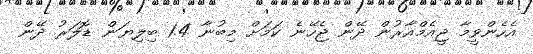
އެހެންވީމާ ޖީއެމްއާރުން ދޭން ޖެހޭނެ ކަމަށް މިބުނާ 1.4 ބިލިޔަން ޑޮލަރު ދޭން